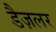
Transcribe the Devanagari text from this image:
डैज़लर